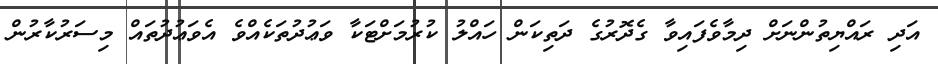
އަދި ރައްޔިތުންނަށް ދިމާވެފައިވާ ގެދޮރުގެ ދަތިކަން ހައްލު ކުރުމަށްޓަކާ ވަޢުދުތަކެއްވެ އެވަޢުދުތައް މިސަރުކާރުން